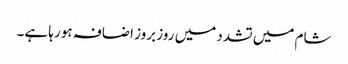
شام میں تشدد میں روز بروز اضافہ ہو رہا ہے۔